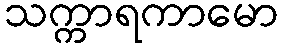
သက္ကာရကာမော